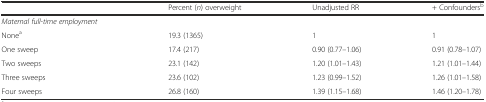
<table><thead><tr><td></td><td><b>Percent (<i>n</i>) overweight</b></td><td><b>Unadjusted RR</b></td><td><b>+ Confounders<sup>b</sup></b></td></tr></thead><tbody><tr><td><i>Maternal full-time employment</i></td><td></td><td></td><td></td></tr><tr><td>None<sup>a</sup></td><td>19.3 (1365)</td><td>1</td><td>1</td></tr><tr><td>One sweep</td><td>17.4 (217)</td><td>0.90 (0.77–1.06)</td><td>0.91 (0.78–1.07)</td></tr><tr><td>Two sweeps</td><td>23.1 (142)</td><td>1.20 (1.01–1.43)</td><td>1.21 (1.01–1.44)</td></tr><tr><td>Three sweeps</td><td>23.6 (102)</td><td>1.23 (0.99–1.52)</td><td>1.26 (1.01–1.58)</td></tr><tr><td>Four sweeps</td><td>26.8 (160)</td><td>1.39 (1.15–1.68)</td><td>1.46 (1.20–1.78)</td></tr></tbody></table>